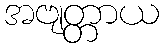
အဗျတ္တာယ